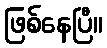
ဖြစ်နေပြီ။